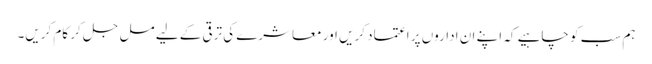
ہم سب کو چاہیے کہ اپنے ان اداروں پر اعتماد کریں اور معاشرے کی ترقی کے لیے مل جل کر کام کریں۔